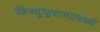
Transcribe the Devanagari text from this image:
विष्णुपुराणामध्ये